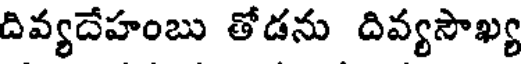
దివ్యదేహంబు తోడను దివ్యసౌఖ్య